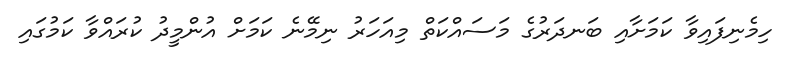
ހިމެނިފައިވާ ކަމަށާއި ބަނދަރުގެ މަސައްކަތް މިއަހަރު ނިމޭނެ ކަމަށް އުންމީދު ކުރައްވާ ކަމުގައި